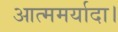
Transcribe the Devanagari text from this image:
आत्ममर्यादा।